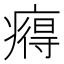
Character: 𤹬